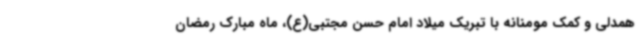
همدلی و کمک مومنانه با تبریک میلاد امام حسن مجتبی(ع)، ماه مبارک رمضان